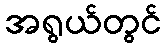
အရွယ်တွင်